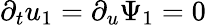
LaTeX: \partial_{t}u_{1}=\partial_{u}\Psi_{1}=0